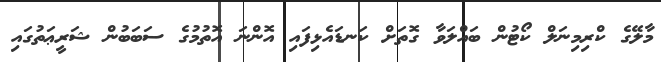
މާލޭގެ ކްރިމިނަލް ކޯޓުން ބައްލަވާ ގޮތަށް ކަނޑައެޅިފައި އޮންނަ އޮތުމުގެ ސަބަބުން ޝަރީޢަތުގައި